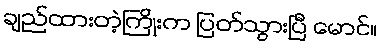
ချည်ထားတဲ့ကြိုးက ပြတ်သွားပြီ မောင်။